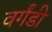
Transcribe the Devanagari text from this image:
वर्गंडी